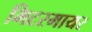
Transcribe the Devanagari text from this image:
मिटरमायर